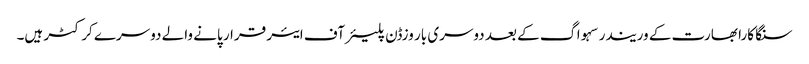
سنگا کارا بھارت کے وریندر سہواگ کے بعد دوسری بار وزڈن پلیئرآف ایئر قرار پانے والے دوسرے کرکٹر ہیں۔